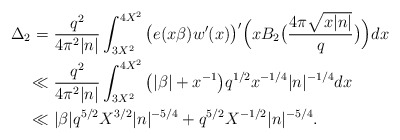
\begin{align*}\Delta_2=&\ \frac{q^2}{4\pi^2|n|}\int_{3X^2}^{4X^2}\big(e(x\beta)w'(x)\big)'\Big(xB_2\big(\frac{4\pi\sqrt{x|n|}}{q}\big)\Big)dx\\ \ll &\ \frac{q^2}{4\pi^2|n|}\int_{3X^2}^{4X^2}\big(|\beta|+x^{-1}\big)q^{1/2}x^{-1/4}|n|^{-1/4}dx\\ \ll &\ |\beta|q^{5/2}X^{3/2}|n|^{-5/4}+q^{5/2}X^{-1/2}|n|^{-5/4}.\end{align*}